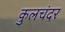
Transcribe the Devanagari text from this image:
कुलचंदर